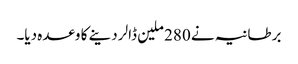
برطانیہ نے 280 ملین ڈالر دینے کا وعدہ دیا۔